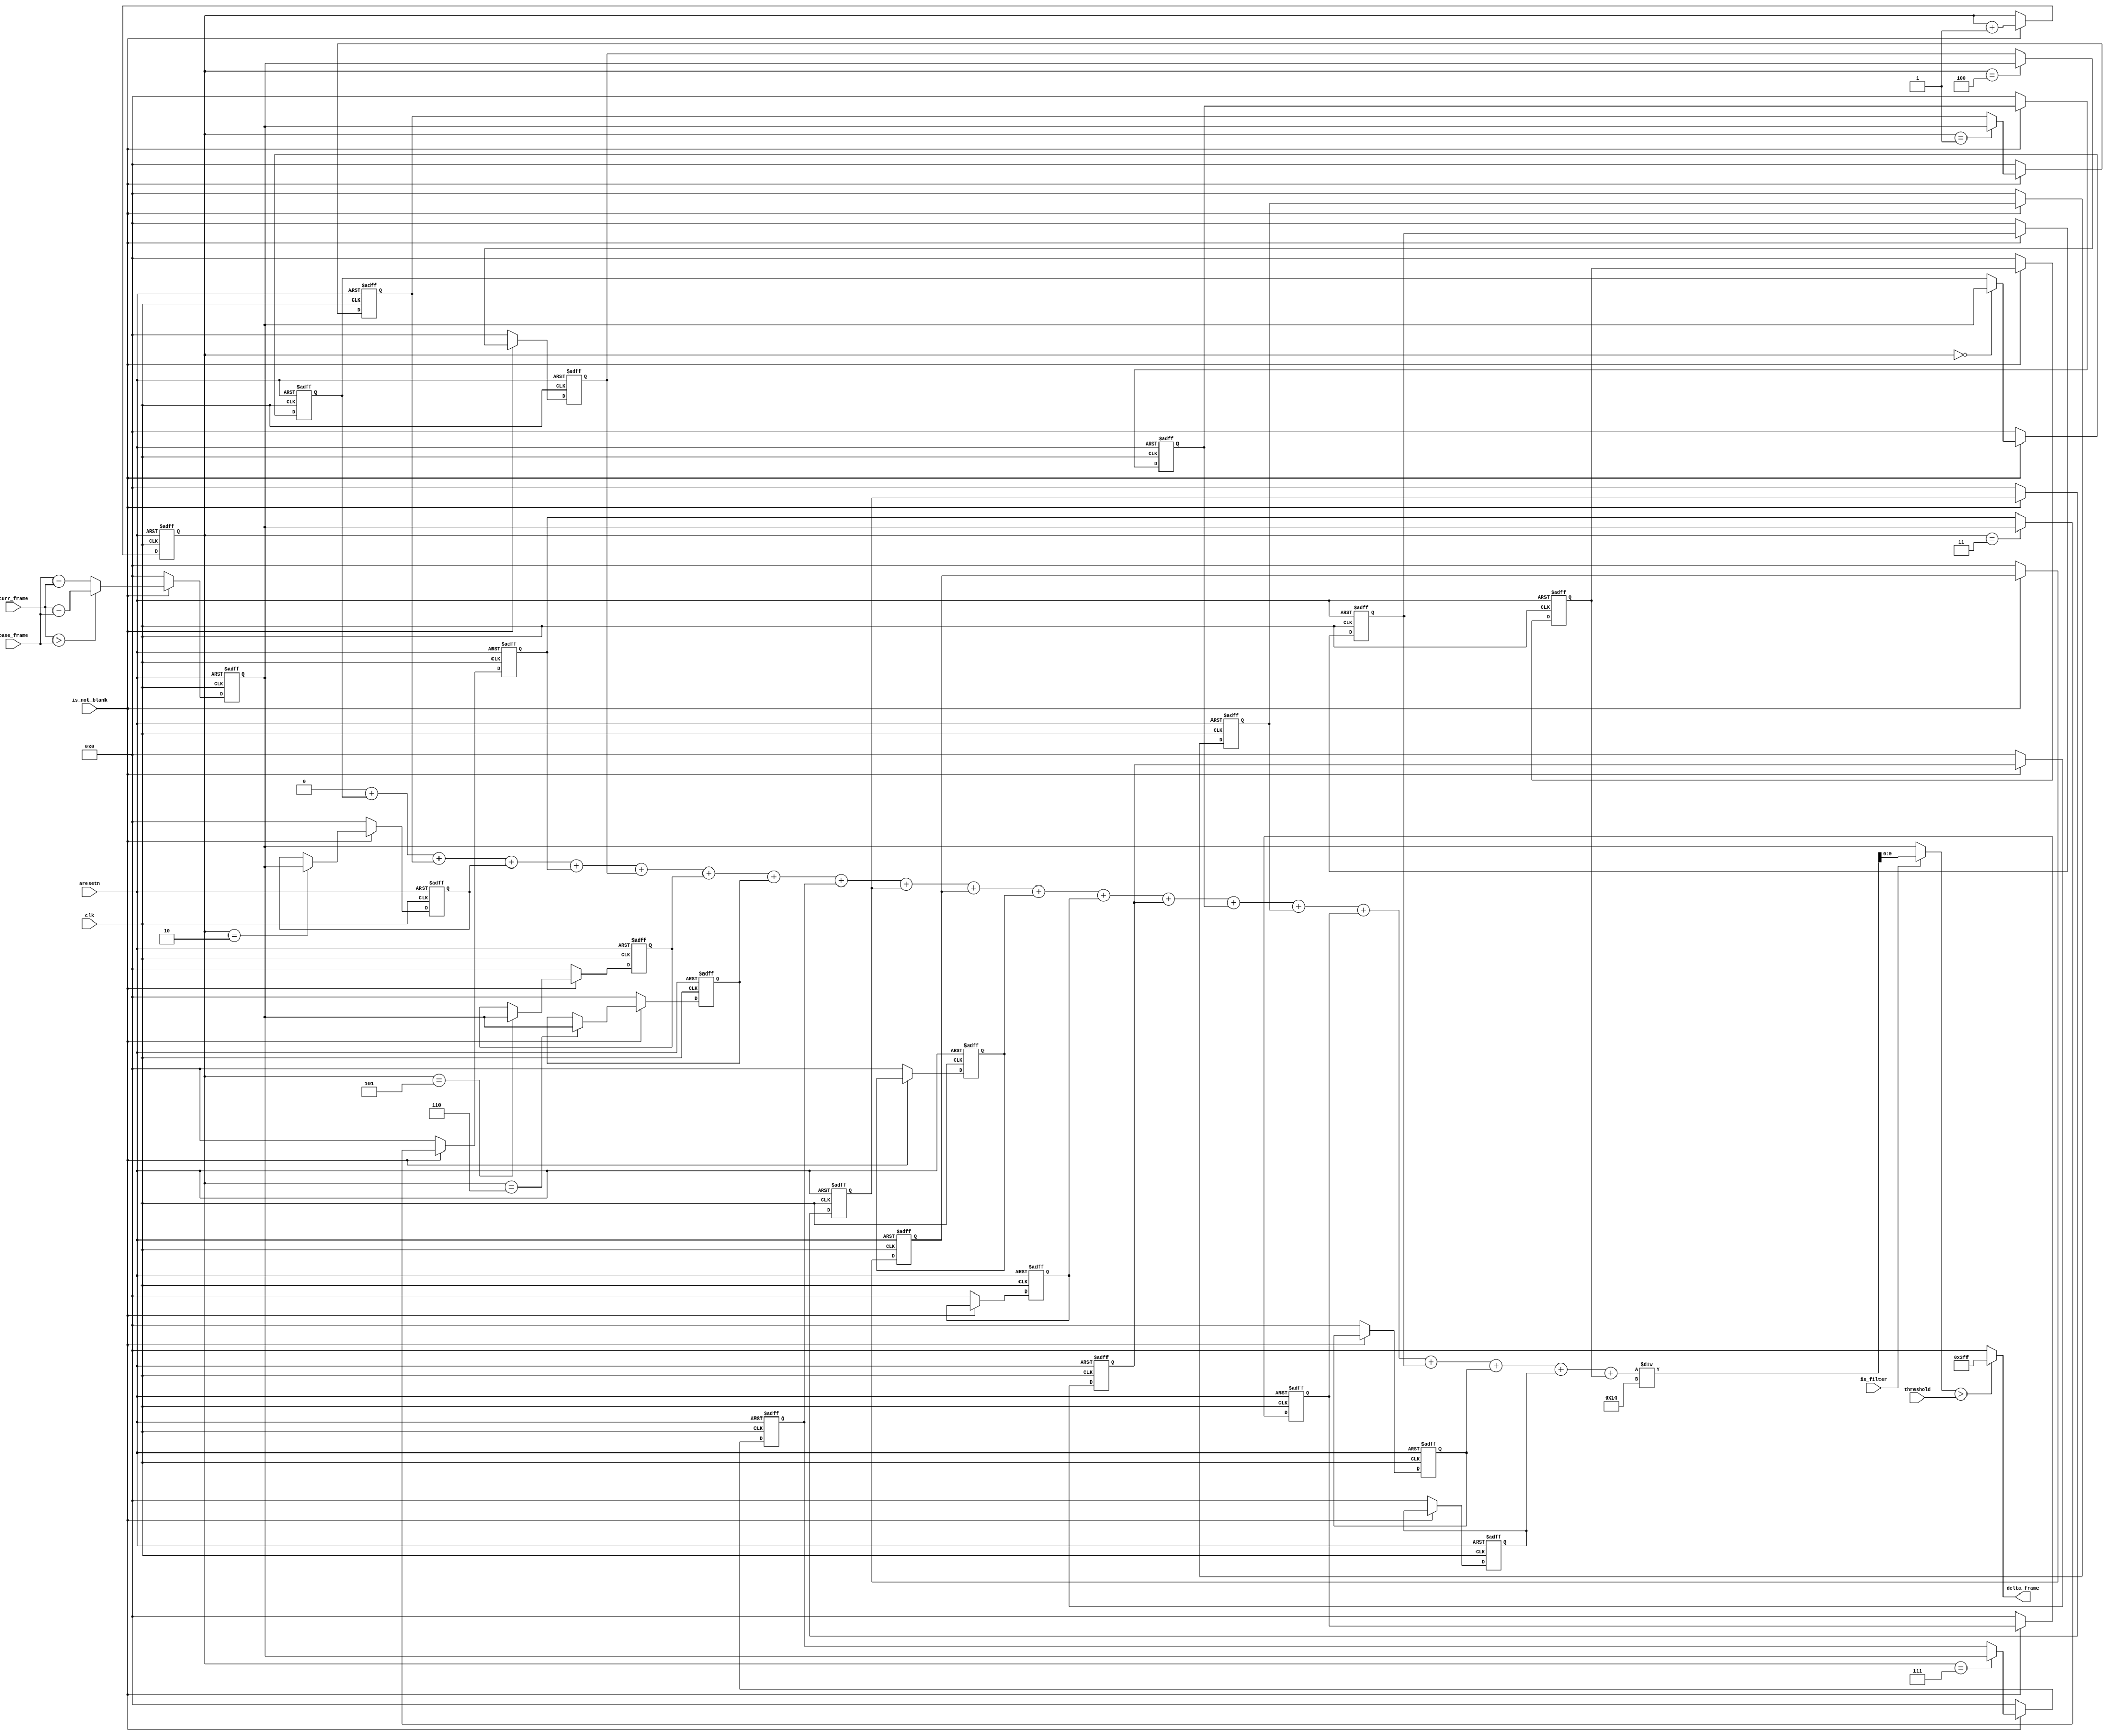
module delta_frame #(
	parameter COLOR_WIDTH   	  = 10,
	parameter FILTER_LENGTH 	  = 20,
	parameter CLOG2_FILTER_LENGTH = 5
)(
	input wire 						clk,
	input wire 						aresetn,
	input wire						is_filter,
	input wire 						is_not_blank,
	input wire [(COLOR_WIDTH-1):0]	threshold, 
	input wire [(COLOR_WIDTH-1):0]	base_frame,
	input wire [(COLOR_WIDTH-1):0]	curr_frame,
	output wire [(COLOR_WIDTH-1):0]	delta_frame
);
localparam SUM_LENGTH = CLOG2_FILTER_LENGTH + COLOR_WIDTH;
genvar 					 c;
integer 				 i;
reg  [2:0] 				 counter;
reg  [(COLOR_WIDTH-1):0] old [FILTER_LENGTH];
reg  [(SUM_LENGTH-1):0]  sum;
wire [(COLOR_WIDTH-1):0] avg;
reg  [(COLOR_WIDTH-1):0] int_delta_frame;
wire [(COLOR_WIDTH-1):0] comp_value;
assign comp_value  = is_filter ? avg : int_delta_frame;
assign delta_frame = (comp_value > threshold) ? {COLOR_WIDTH{1'b1}} : {COLOR_WIDTH{1'b0}};
always @(posedge clk or negedge aresetn) begin
	if (~aresetn) 							int_delta_frame <= 'd0;
	else if (~is_not_blank)					int_delta_frame <= 'd0;
	else
		begin
			if (curr_frame > base_frame)	int_delta_frame <= curr_frame - base_frame;
			else 							int_delta_frame <= base_frame - curr_frame;
		end
end
always @(posedge clk or negedge aresetn) begin
	if (~aresetn) 						counter <= 'd0;
	else if (~is_not_blank)				counter <= counter;
	else if (counter == FILTER_LENGTH)	counter <= 'd0;
	else 		  						counter <= counter + 1;
end
generate 
	for (c = 0; c < FILTER_LENGTH; c = c + 1) begin: moving_avg_filter
		always @(posedge clk or negedge aresetn) begin
			if (~aresetn)			old[c] <= 'd0;
			else if (~is_not_blank)	old[c] <= 'd0;
			else if (counter == c)	old[c] <= int_delta_frame;
			else					old[c] <= old[c];
		end
	end
endgenerate
always @* begin
	sum = 'd0;
	for (i = 0; i < FILTER_LENGTH; i = i + 1)
		sum = sum + old[i];
end
assign avg = sum / FILTER_LENGTH;
endmodule